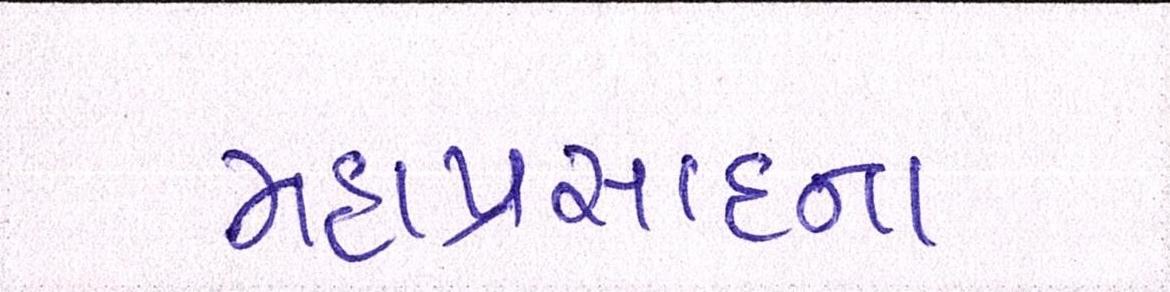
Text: મહાપ્રસાદના